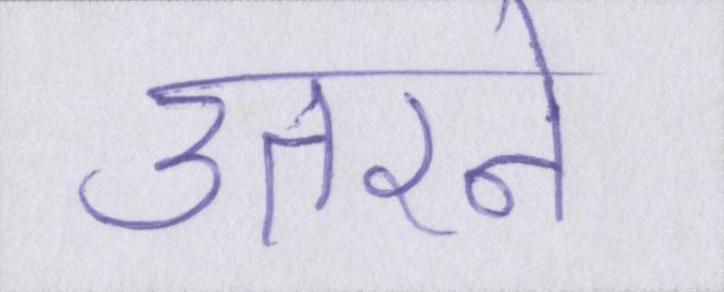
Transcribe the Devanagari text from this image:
उतरने